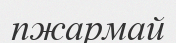
пжармай